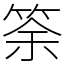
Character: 筡